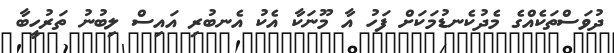
ދުވަސްތަކެއްގެ މެދުކެނޑުމަކަށް ފަހު އާ މޫނަކާ އެކު އެނބުރި އައިސް ލިބުނު ތަރުހީބާ